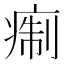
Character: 痸